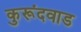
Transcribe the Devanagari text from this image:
कुरूंदवाड